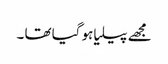
مجھے پیلیا ہو گیا تھا ۔